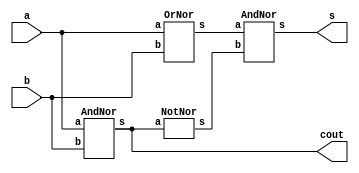
module Exercicio04(cout, s, a, b);
	output cout, s;
	input a, b;
	wire t1, t2;
	AndNor AND1 (cout, a, b);
	OrNor OR1 (t1, a, b);
	NotNor NOT1 (t2, cout);
	AndNor AND2 (s, t1, t2);
endmodule

module AndNor(s, a, b);
	output s;
	input a, b;
	wire t1, t2;
	nor NOR3 (t1, a, a);
	nor NOR4 (t2, b, b);
	nor NOR5 (s, t1, t2);
endmodule

module OrNor(s, a, b);
	output s;
	input a, b;
	wire t1;
	nor NOR1 (t1, a, b);
	nor NOR2 (s, t1, t1);
endmodule

module NotNor(s, a);
	output s;
	input a;
	nor NOR6 (s, a, a);
endmodule

module testeExercicio04;
	reg a, b;
	wire cout, s;

	Exercicio04 HALFADDER(cout, s, a, b);

	initial begin
		a = 0;
		b = 0;
	end

	initial begin

		$display("Exercicio 04 - Douglas Borges - 417889");
		$display("Circuito Meio-Somador com portas NOR\n");

		#1 $display("  a + b = Cout Soma");
		#1 $monitor("  %d + %d =  %d    %d", a, b, cout, s);

		#1 a = 0; b = 1;
		#1 a = 1; b = 0;
		#1 a = 1; b = 1;

	end

/*
Exercicio 04 - Douglas Borges - 417889
Circuito Meio-Somador com portas NOR

  a + b = Cout Soma
  0 + 0 =  0    0
  0 + 1 =  0    1
  1 + 0 =  0    1
  1 + 1 =  1    0
*/

endmodule